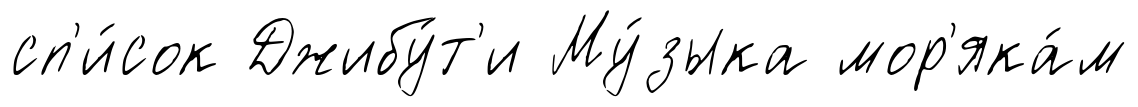
сп'и́сок Джибу́т'и Му́зыка мор'яка́м